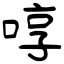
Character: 啍